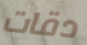
دقات